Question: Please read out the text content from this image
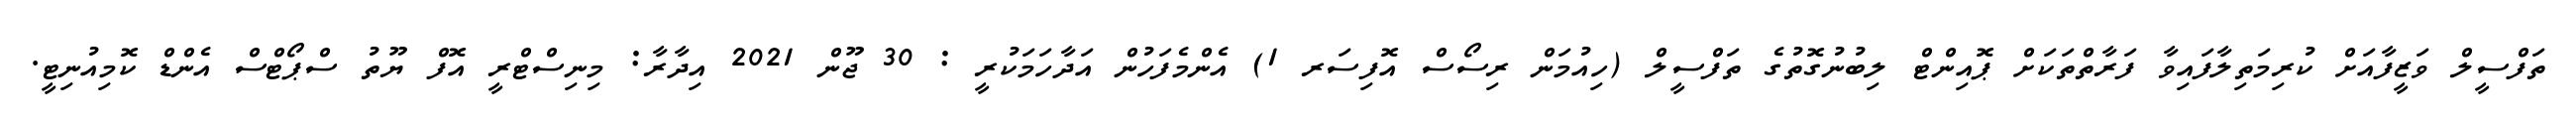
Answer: ތަފްސީލް ވަޒީފާއަށް ކުރިމަތިލާފައިވާ ފަރާތްތަކަށް ޕޮއިންޓް ލިބުނުގޮތުގެ ތަފްސީލް (ހިއުމަން ރިސޯސް އޮފިސަރ 1) އެންމެފަހުން އަދާހަމަކުރީ : 30 ޖޫން 2021 އިދާރާ: މިނިސްޓްރީ އޮފް ޔޫތު ސްޕޯޓްސް އެންޑް ކޮމިއުނިޓީ.